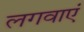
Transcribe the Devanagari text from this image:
लगवाएं